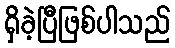
ရှိခဲ့ပြီဖြစ်ပါသည်